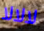
لالالا